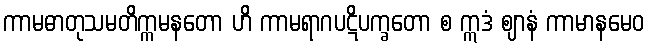
ကာမဓာတုသမတိက္ကမနတော ဟိ ကာမရာဂပဋိပက္ခတော စ ဣဒံ ဈာနံ ကာမာနမေဝ